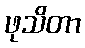
ဖုသိတာ